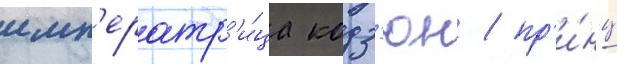
имп'ератр'и́ца кодз'юн / пр'и́нц